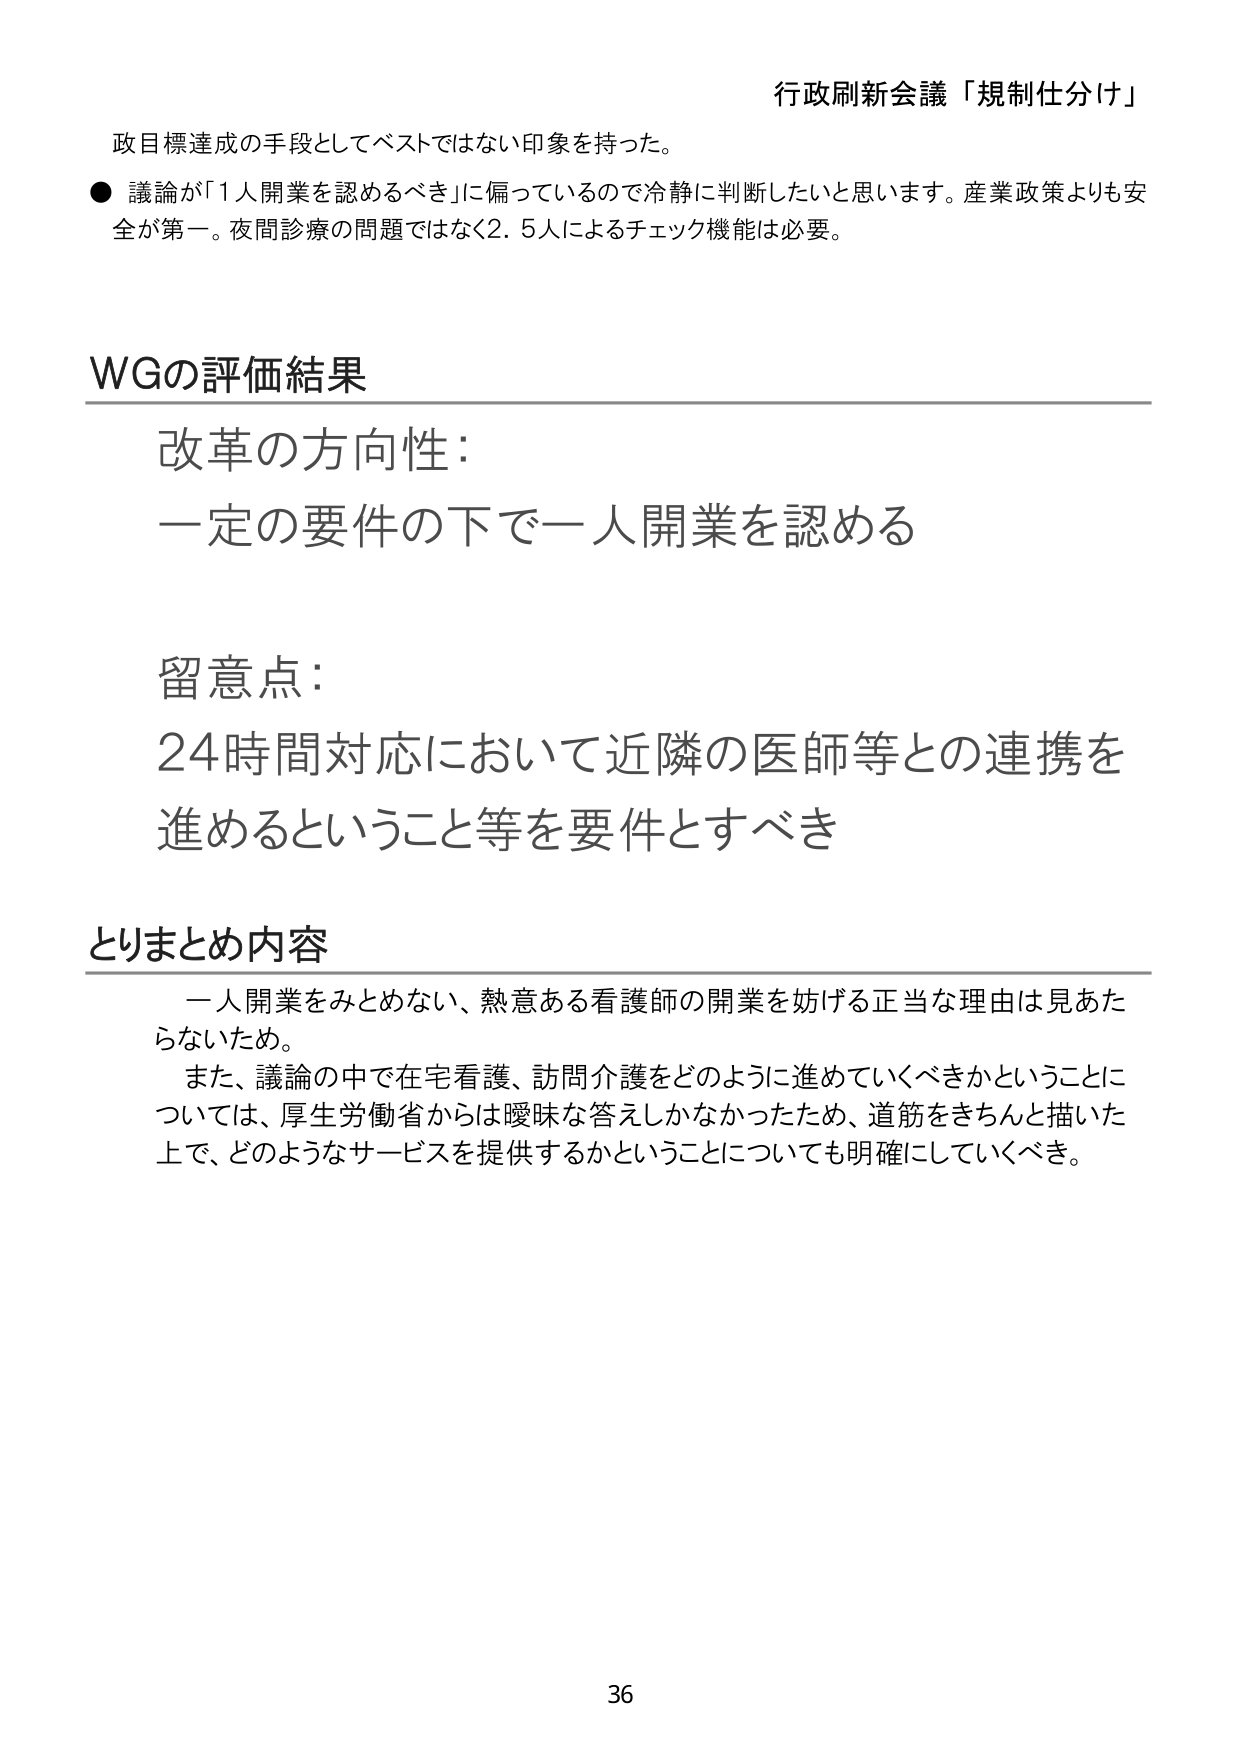
行政刷新会議「規制仕分け」

政目標達成の手段としてベストではない印象を持った。
● 議論が「1人開業を認めるべき」に偏っているので冷静に判断したいと思います。産業政策よりも安全が第一。夜間診療の問題ではなく2.5人によるチェック機能は必要。

WGの評価結果
改革の方向性：
一定の要件の下で一人開業を認める

留意点：
24時間対応において近隣の医師等との連携を
進めるということ等を要件とすべき

とりまとめ内容
一人開業をみとめない、熱意ある看護師の開業を妨げる正当な理由は見あたらないため。
また、議論の中で在宅看護、訪問介護をどのように進めていくべきかということについては、厚生労働省からは曖昧な答えしかなかったため、道筋をきちんと描いた上で、どのようなサービスを提供するかということについても明確にしていくべき。

36